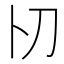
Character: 𠚬